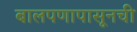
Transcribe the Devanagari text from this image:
बालपणापासूनची